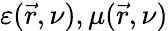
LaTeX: \varepsilon(\vec{r},\nu),\mu(\vec{r},\nu)